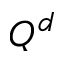
Q ^ { d }